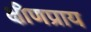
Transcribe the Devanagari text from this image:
क्षीणप्राय